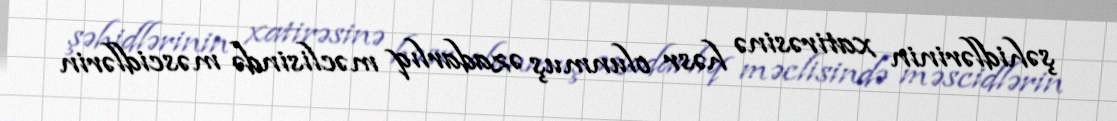
şəhidlərinin xatirəsinə həsr olunmuş əzadarlıq məclisində məscidlərin